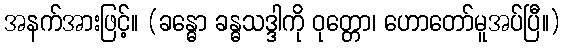
အနက်အားဖြင့်။ (ခန္ဓော ခန္ဓသဒ္ဒါကို ဝုတ္တော၊ ဟောတော်မူအပ်ပြီ။)